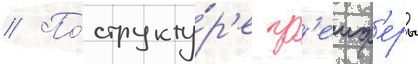
// По́ структу́р'е гр'еиф'еры